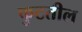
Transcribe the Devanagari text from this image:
फुटतील